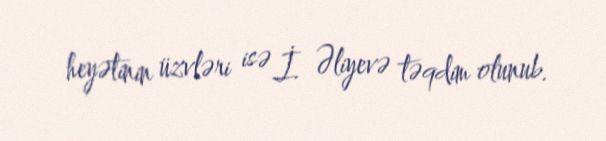
heyətinin üzvləri isə İ. Əliyevə təqdim olunub.